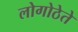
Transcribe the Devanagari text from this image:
लोगोठेते